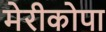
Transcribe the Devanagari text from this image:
मेरीकोपा